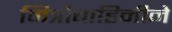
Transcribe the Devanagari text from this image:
मित्रोबाहिनीने